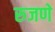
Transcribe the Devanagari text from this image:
रुजणे